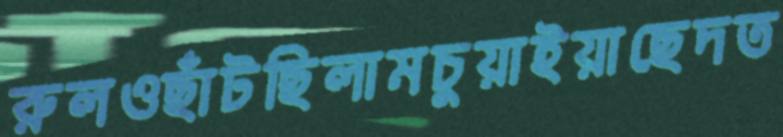
রুলওছাঁটছিলামচুয়াইয়াছেদত